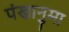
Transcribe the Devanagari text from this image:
पंखानुमा